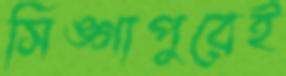
সিঙ্গাপুরেই